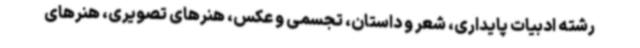
رشته ادبیات پایداری، شعر و داستان، تجسمی و عکس، هنرهای تصویری، هنرهای